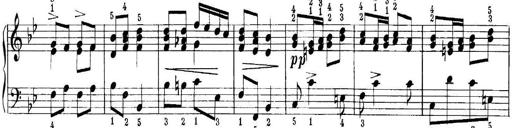
Title: Quatres sonatines
Composer: Tadeusz Joteyko